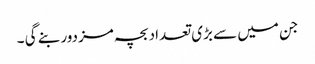
جن میں سے بڑی تعداد بچہ مزدور بنے گی ۔